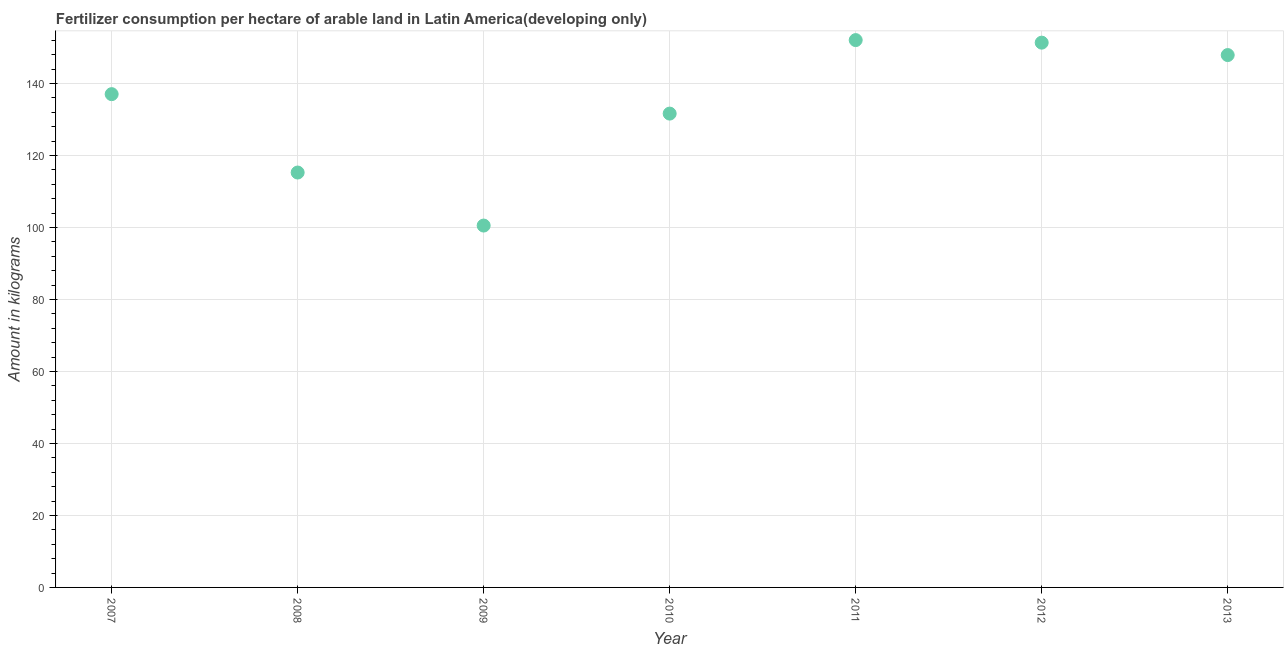
| Year | Fertilizer consumption |
 | --- | --- |
 | 2007 | 137 |
 | 2008 | 115 |
 | 2009 | 101 |
 | 2010 | 132 |
 | 2011 | 152 |
 | 2012 | 151 |
 | 2013 | 148 |